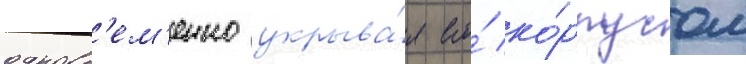
одновр'ем'енно укрыва́я его́ ко́рпусом